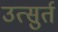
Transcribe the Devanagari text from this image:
उत्सुर्त